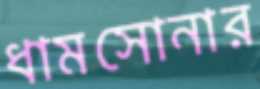
ধামসোনার